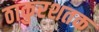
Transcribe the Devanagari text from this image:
ठाकुरशतक